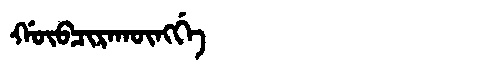
Manchu: ᡤᡡᠪᠴᡳᡵᠠᡴᡡᠩᡤᡝ
Romanization: GŪBCIRAKŪNGGE